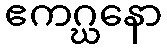
ဧကဂ္ဃနော